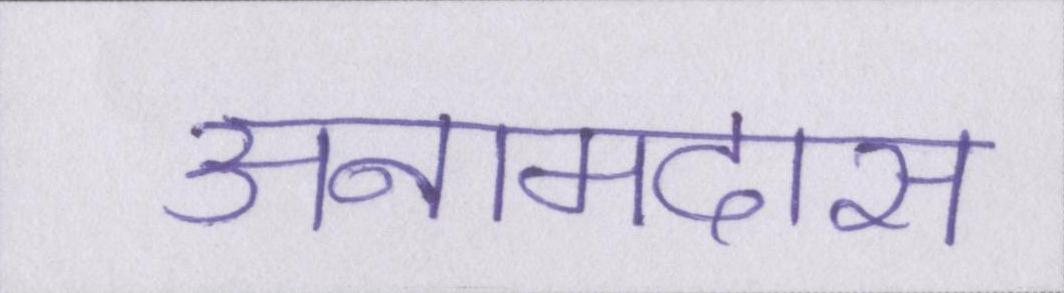
अनामदास